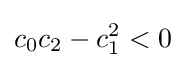
c_{0}c_{2}-c_{1}^{2}<0